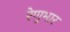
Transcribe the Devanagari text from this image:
रेणुभार